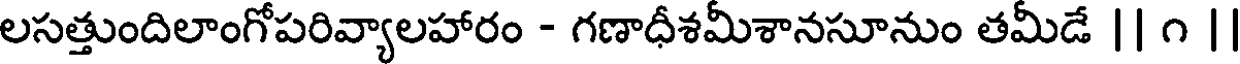
లసత్తుందిలాంగోపరివ్యాలహారం - గణాధీశమీశానసూనుం తమీడే || ౧ |